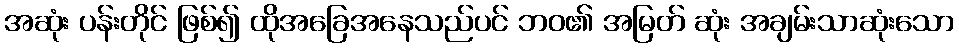
အဆုံး ပန်းတိုင် ဖြစ်၍ ထိုအခြေအနေသည်ပင် ဘဝ၏ အမြတ် ဆုံး အချမ်းသာဆုံးသော